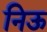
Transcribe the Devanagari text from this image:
निऊ